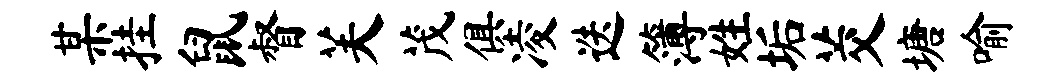
某挂鼠督芙茂俱凌迭簿姓垢茭塘喻